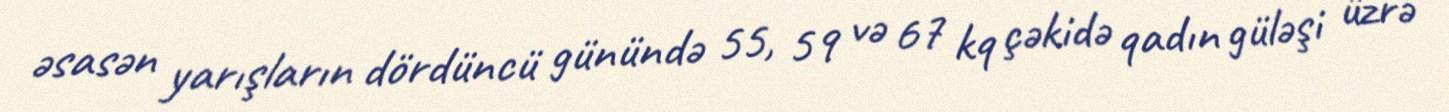
əsasən yarışların dördüncü günündə 55, 59 və 67 kq çəkidə qadın güləşi üzrə